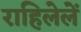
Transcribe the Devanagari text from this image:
राहिलेलें